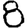
Digit: 8